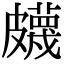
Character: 𥀯